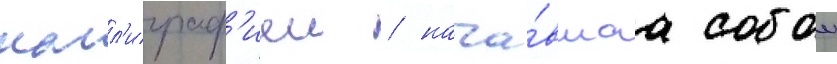
калл'играф'иеи / нача́вшаа собои